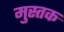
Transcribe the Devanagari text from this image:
मुस्तक